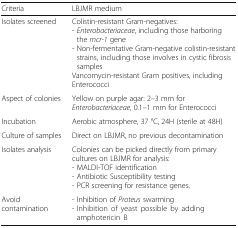
<table><thead><tr><td><b>Criteria</b></td><td><b>LBJMR medium</b></td></tr></thead><tbody><tr><td>Isolates screened</td><td>Colistin-resistant Gram-negatives:- <i>Enterobacteriaceae</i>, including those harboring the <i>mcr-1</i> gene- Non-fermentative Gram-negative colistin-resistant strains, including those involves in cystic fibrosis samplesVancomycin-resistant Gram positives, including Enterococci</td></tr><tr><td>Aspect of colonies</td><td>Yellow on purple agar: 2–3 mm for <i>Enterobacteriaceae</i>, 0.1–1 mm for Enterococci</td></tr><tr><td>Incubation</td><td>Aerobic atmosphere, 37 °C, 24H (sterile at 48H)</td></tr><tr><td>Culture of samples</td><td>Direct on LBJMR, no previous decontamination</td></tr><tr><td>Isolates analysis</td><td>Colonies can be picked directly from primary cultures on LBJMR for analysis:- MALDI-TOF identification- Antibiotic Susceptibility testing- PCR screening for resistance genes.</td></tr><tr><td>Avoid contamination</td><td>- Inhibition of <i>Proteus</i> swarming- Inhibition of yeast possible by adding amphotericin B</td></tr></tbody></table>